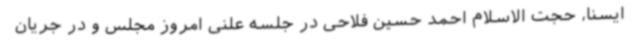
ایسنا، حجت الاسلام احمد حسین فلاحی در جلسه علنی امروز مجلس و در جریان